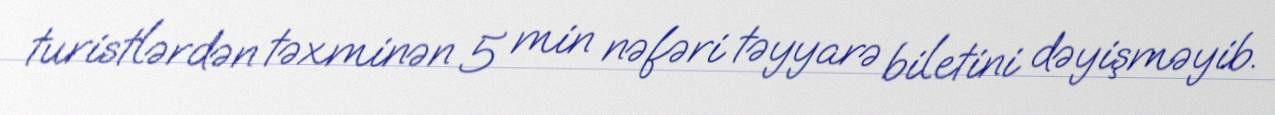
turistlərdən təxminən 5 min nəfəri təyyarə biletini dəyişməyib.